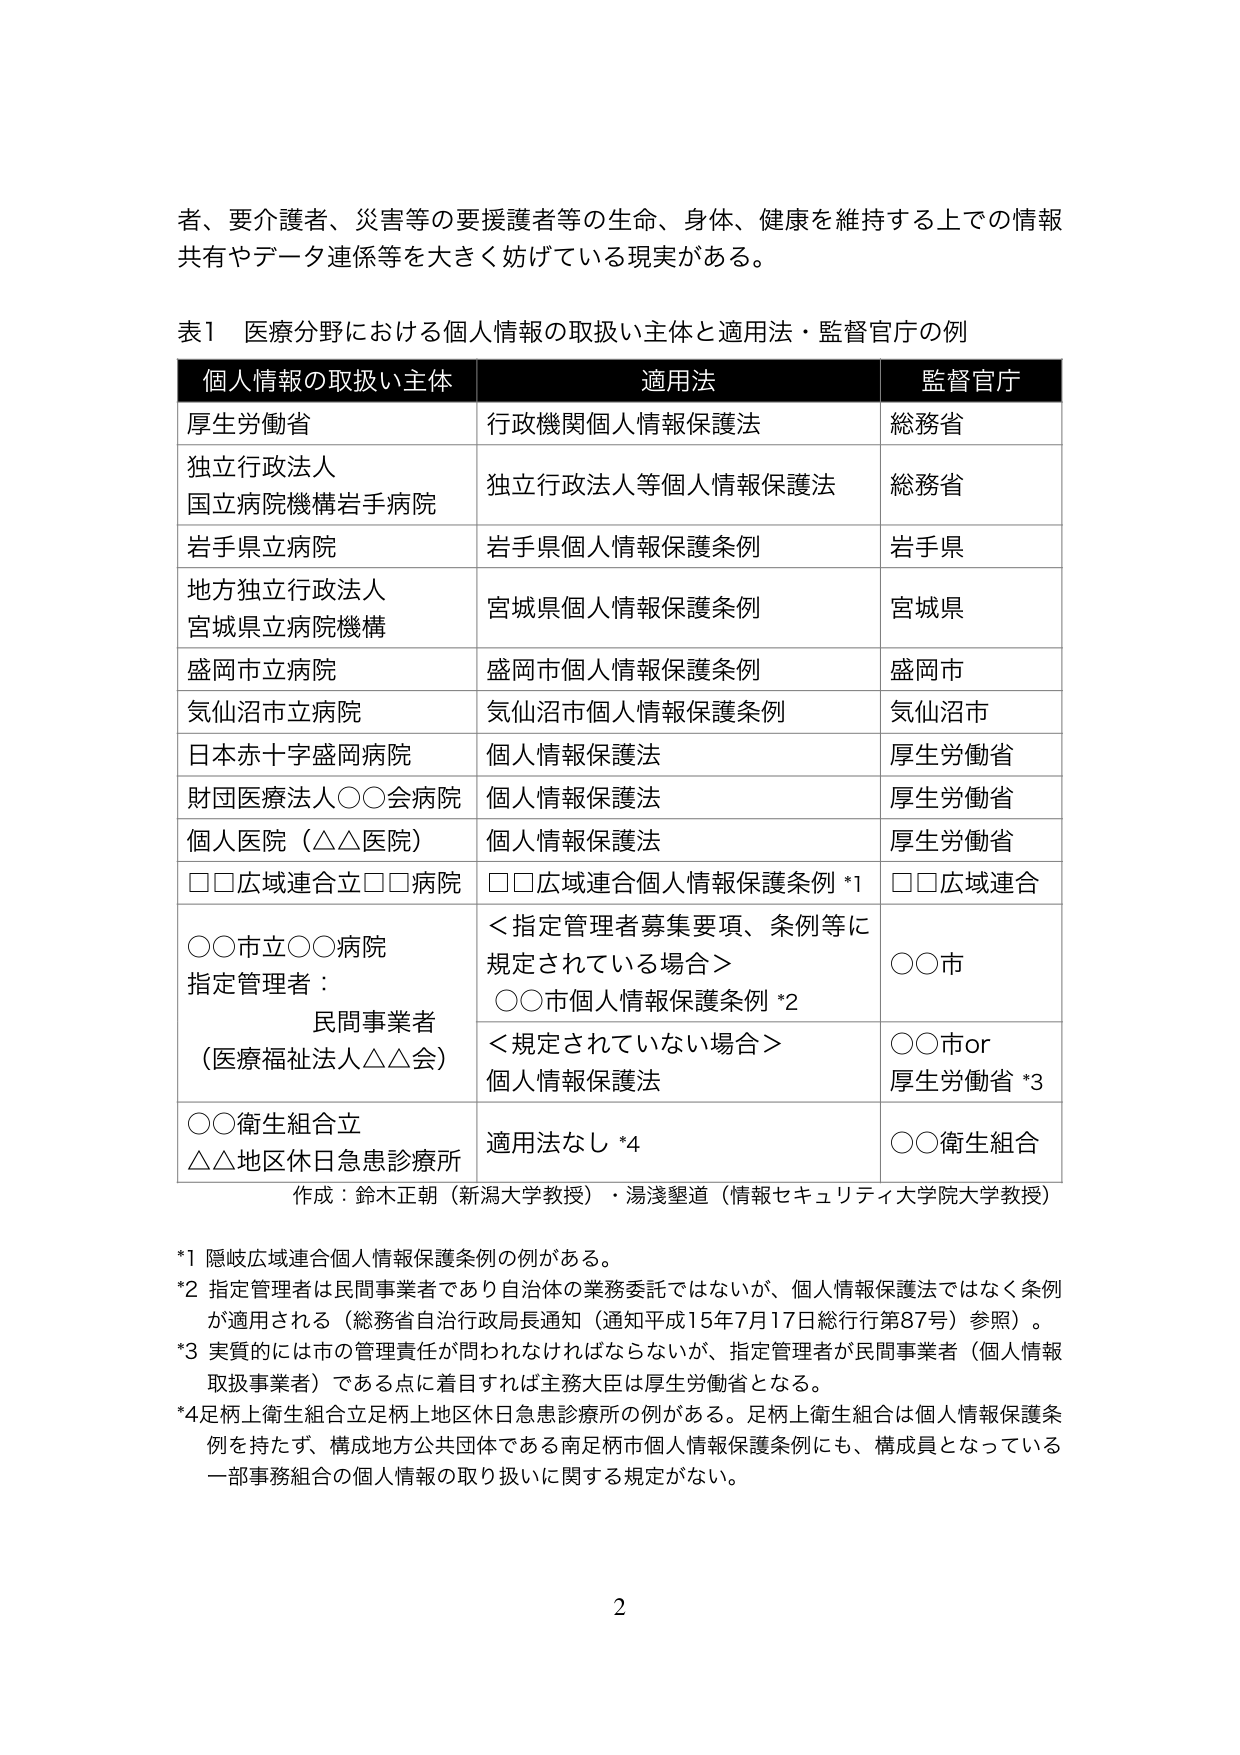
者、要介護者、災害等の要援護者等の生命、身体、健康を維持する上での情報共有やデータ連係等を大きく妨げている現実がある。

表1 医療分野における個人情報の取扱い主体と適用法・監督官庁の例

個人情報の取扱い主体 適用法 監督官庁
厚生労働省 行政機関個人情報保護法 総務省
独立行政法人 国立病院機構岩手病院 独立行政法人等個人情報保護法 総務省
岩手県立病院 岩手県個人情報保護条例 岩手県
地方独立行政法人 宮城県立病院機構 宮城県個人情報保護条例 宮城県
盛岡市立病院 盛岡市個人情報保護条例 盛岡市
気仙沼市立病院 気仙沼市個人情報保護条例 気仙沼市
日本赤十字盛岡病院 個人情報保護法 厚生労働省
財団医療法人○○会病院 個人情報保護法 厚生労働省
個人医院（△△医院） 個人情報保護法 厚生労働省
□□広域連合立□□病院 □□広域連合個人情報保護条例 *1 □□広域連合
○○市立○○病院 指定管理者： 民間事業者 （医療福祉法人△△会） ＜指定管理者募集要項、条例等に規定されている場合＞ ○○市個人情報保護条例 *2 ○○市 ＜規定されていない場合＞ 個人情報保護法 ○○市or 厚生労働省 *3
○○衛生組合立 △△地区休日急患診療所 適用法なし *4 ○○衛生組合

作成：鈴木正朝（新潟大学教授）・湯浅墾道（情報セキュリティ大学院大学教授）

*1 隠岐広域連合個人情報保護条例の例がある。
*2 指定管理者は民間事業者であり自治体の業務委託ではないが、個人情報保護法ではなく条例が適用される（総務省自治行政局長通知（通知平成15年7月17日総行行第87号）参照）。
*3 実質的には市の管理責任が問われなければならないが、指定管理者が民間事業者（個人情報取扱事業者）である点に着目すれば主務大臣は厚生労働省となる。
*4 足柄上衛生組合立足柄上地区休日急患診療所の例がある。足柄上衛生組合は個人情報保護条例を持たず、構成地方公共団体である南足柄市個人情報保護条例にも、構成員となっている一部事務組合の個人情報の取り扱いに関する規定がない。

2